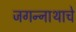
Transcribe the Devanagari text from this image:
जगन्‍नाथाचे